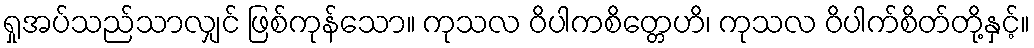
ရှုအပ်သည်သာလျှင် ဖြစ်ကုန်သော။ ကုသလ ဝိပါကစိတ္တေဟိ၊ ကုသလ ဝိပါက်စိတ်တို့နှင့်။